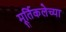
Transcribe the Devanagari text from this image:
मूर्तिकलेच्या